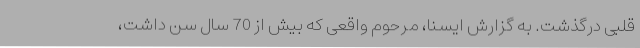
قلبی درگذشت‌. به گزارش ایسنا، مرحوم واقعی که بیش از 70 سال سن داشت،